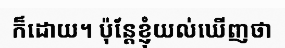
ក៏ដោយ។ ប៉ុន្តែខ្ញុំយល់ឃើញថា